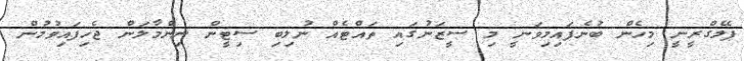
ޕެލެގްރީނީ މިހެން ބުނެފައިމިވަނީ މި ސީޒަނުގައި ތައްޓެއް ނުލިބި ސިޓީން ނިންމާލަން ޖެހިފައިވުމުން